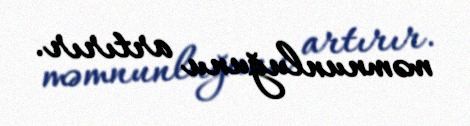
məmnunluğunu artırır.